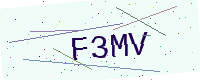
Text: F3MV